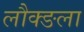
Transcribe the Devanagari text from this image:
लौक्ङला